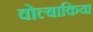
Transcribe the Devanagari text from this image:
वोल्बाकिया